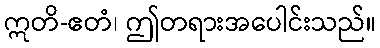
ဣတိ-ဧတံ၊ ဤတရားအပေါင်းသည်။